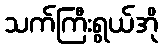
သက်ကြီးရွယ်အို